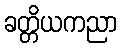
ခတ္တိယကညာ